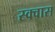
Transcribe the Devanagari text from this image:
स्क्वास